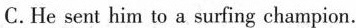
C.He seat him to a surfing ehampion.